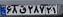
۶۸ق۲۸۷۲۱